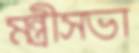
মন্ত্রীসভা